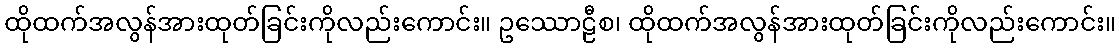
ထိုထက်အလွန်အားထုတ်ခြင်းကိုလည်းကောင်း။ ဥဿောဠီစ၊ ထိုထက်အလွန်အားထုတ်ခြင်းကိုလည်းကောင်း။